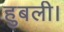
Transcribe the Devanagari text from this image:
हुबली।